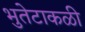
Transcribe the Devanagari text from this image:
भुतेटाकळी